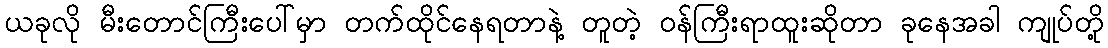
ယခုလို မီးတောင်ကြီးပေါ်မှာ တက်ထိုင်နေရတာနဲ့ တူတဲ့ ဝန်ကြီးရာထူးဆိုတာ ခုနေအခါ ကျုပ်တို့